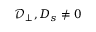
\ensuremath { \mathcal { D } _ { \perp } } , \ensuremath { D _ { s } } \ne 0